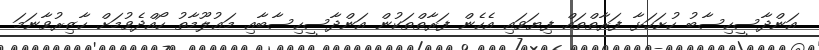
އަންދާސީހިސާބު ހުށަހަޅާ ފަރާތްތައް ފިޔަވައި އެހެން ފަރާތްތަކުން އަންދާސީހިސާބާއި މަޢުލޫމާތު ހޯއްދެވުމަށް ހާޒިރުވާނަމަ